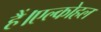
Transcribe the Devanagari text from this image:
हैं।एल्कोहल